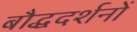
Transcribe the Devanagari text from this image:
बौद्धदर्शनों